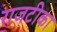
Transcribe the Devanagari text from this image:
राजटीका